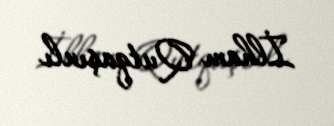
İlham Qutqaşınlı